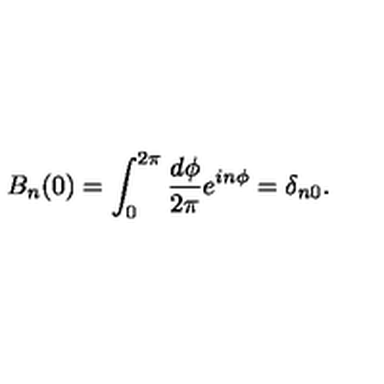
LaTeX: B _ { n } ( 0 ) = \int _ { 0 } ^ { 2 \pi } \frac { d \phi } { 2 \pi } e ^ { i n \phi } = \delta _ { n 0 } .